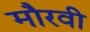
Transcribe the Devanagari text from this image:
मौरवी